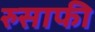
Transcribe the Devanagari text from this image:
रुसाफी